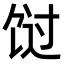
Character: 𬲸